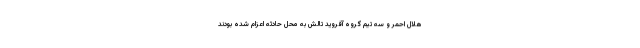
هلال احمر و سه تیم ‌گروه آفروید تالش به محل حادثه اعزام شده بودند